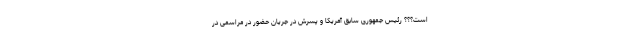
است؟؟؟ رئیس جمهوری سابق آمریکا و پسرش در جریان حضور در مراسمی در